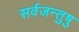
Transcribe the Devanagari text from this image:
सर्वजन्तुषु